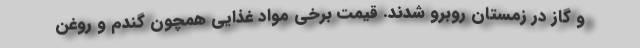
و گاز در زمستان روبرو شدند. قیمت برخی مواد غذایی همچون گندم و روغن